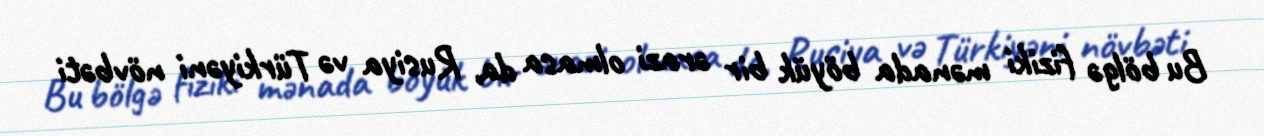
Bu bölgə fiziki mənada böyük bir ərazi olmasa da, Rusiya və Türkiyəni növbəti